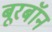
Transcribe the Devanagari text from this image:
बूरबॉन